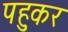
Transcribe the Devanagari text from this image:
पहुकर